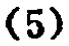
\((5)\)